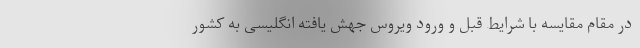
در مقام مقایسه با شرایط قبل و ورود ویروس جهش یافته انگلیسی به کشور